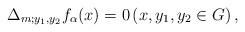
LaTeX: \begin{align*} \Delta_{m; y_{1}, y_{2}}f_{\alpha}(x)=0 \left(x, y_{1}, y_{2}\in G\right), \end{align*}